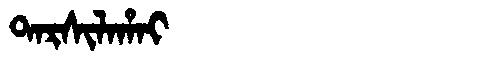
Manchu: ᡨᠠᡵᠰᡳᠯᠠᡥᠠᡳ
Romanization: TARSILAHAI